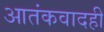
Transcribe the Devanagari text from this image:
आतंकवादही